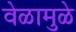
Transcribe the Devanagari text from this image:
वेळामुळे